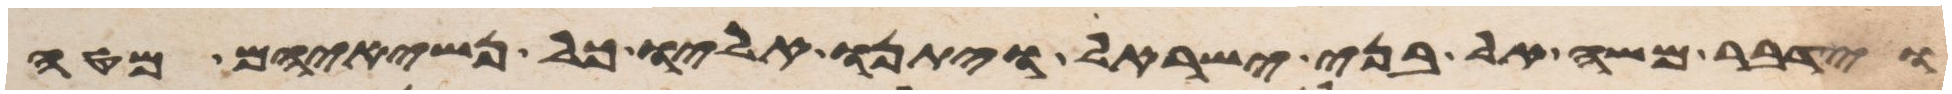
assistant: וידבר משה אל בני ישראל ויתנו אליו כל נשיאיהם מטה